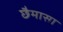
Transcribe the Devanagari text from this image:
छैमासा